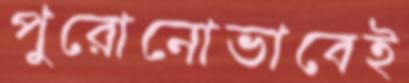
পুরোনোভাবেই